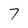
Character: 7